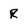
Character: R